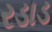
રડાડ